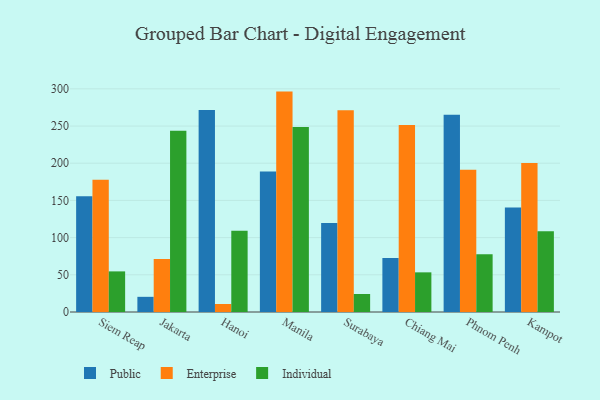
{"axis": {"x": "City", "y": "Backlog"}, "legend": ["Enterprise", "Individual", "Public"], "data": [{"x": "Siem Reap", "y": 155.7, "type": "Public"}, {"x": "Siem Reap", "y": 177.9, "type": "Enterprise"}, {"x": "Siem Reap", "y": 54.6, "type": "Individual"}, {"x": "Jakarta", "y": 20.4, "type": "Public"}, {"x": "Jakarta", "y": 71.4, "type": "Enterprise"}, {"x": "Jakarta", "y": 243.6, "type": "Individual"}, {"x": "Hanoi", "y": 271.6, "type": "Public"}, {"x": "Hanoi", "y": 10.8, "type": "Enterprise"}, {"x": "Hanoi", "y": 109.1, "type": "Individual"}, {"x": "Manila", "y": 188.9, "type": "Public"}, {"x": "Manila", "y": 296.3, "type": "Enterprise"}, {"x": "Manila", "y": 248.8, "type": "Individual"}, {"x": "Surabaya", "y": 119.5, "type": "Public"}, {"x": "Surabaya", "y": 271.3, "type": "Enterprise"}, {"x": "Surabaya", "y": 24.2, "type": "Individual"}, {"x": "Chiang Mai", "y": 72.5, "type": "Public"}, {"x": "Chiang Mai", "y": 251.4, "type": "Enterprise"}, {"x": "Chiang Mai", "y": 53.3, "type": "Individual"}, {"x": "Phnom Penh", "y": 265.3, "type": "Public"}, {"x": "Phnom Penh", "y": 191.4, "type": "Enterprise"}, {"x": "Phnom Penh", "y": 77.5, "type": "Individual"}, {"x": "Kampot", "y": 140.5, "type": "Public"}, {"x": "Kampot", "y": 200.2, "type": "Enterprise"}, {"x": "Kampot", "y": 108.4, "type": "Individual"}]}